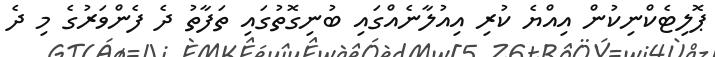
ޕޮލިޓެކްނިކުން އިއްޔެ ކުރި އިއުލާނެއްގައި ބުނިގޮތުގައި ތަފާތު ދެ ފެންވަރުގެ މި ދެ